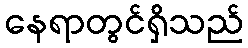
နေရာတွင်ရှိသည်